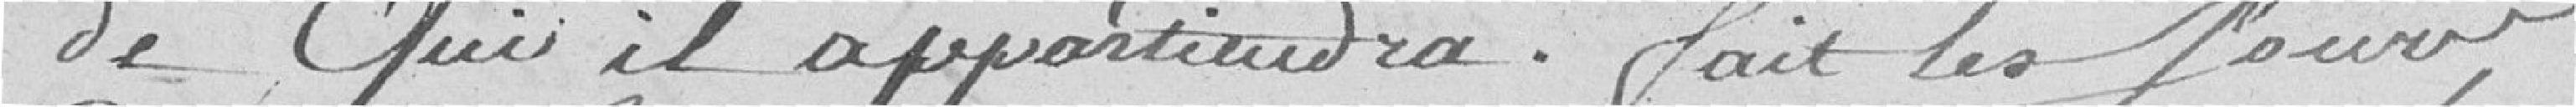
de Qui il appartiendra. fait les jours,